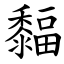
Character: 䵗